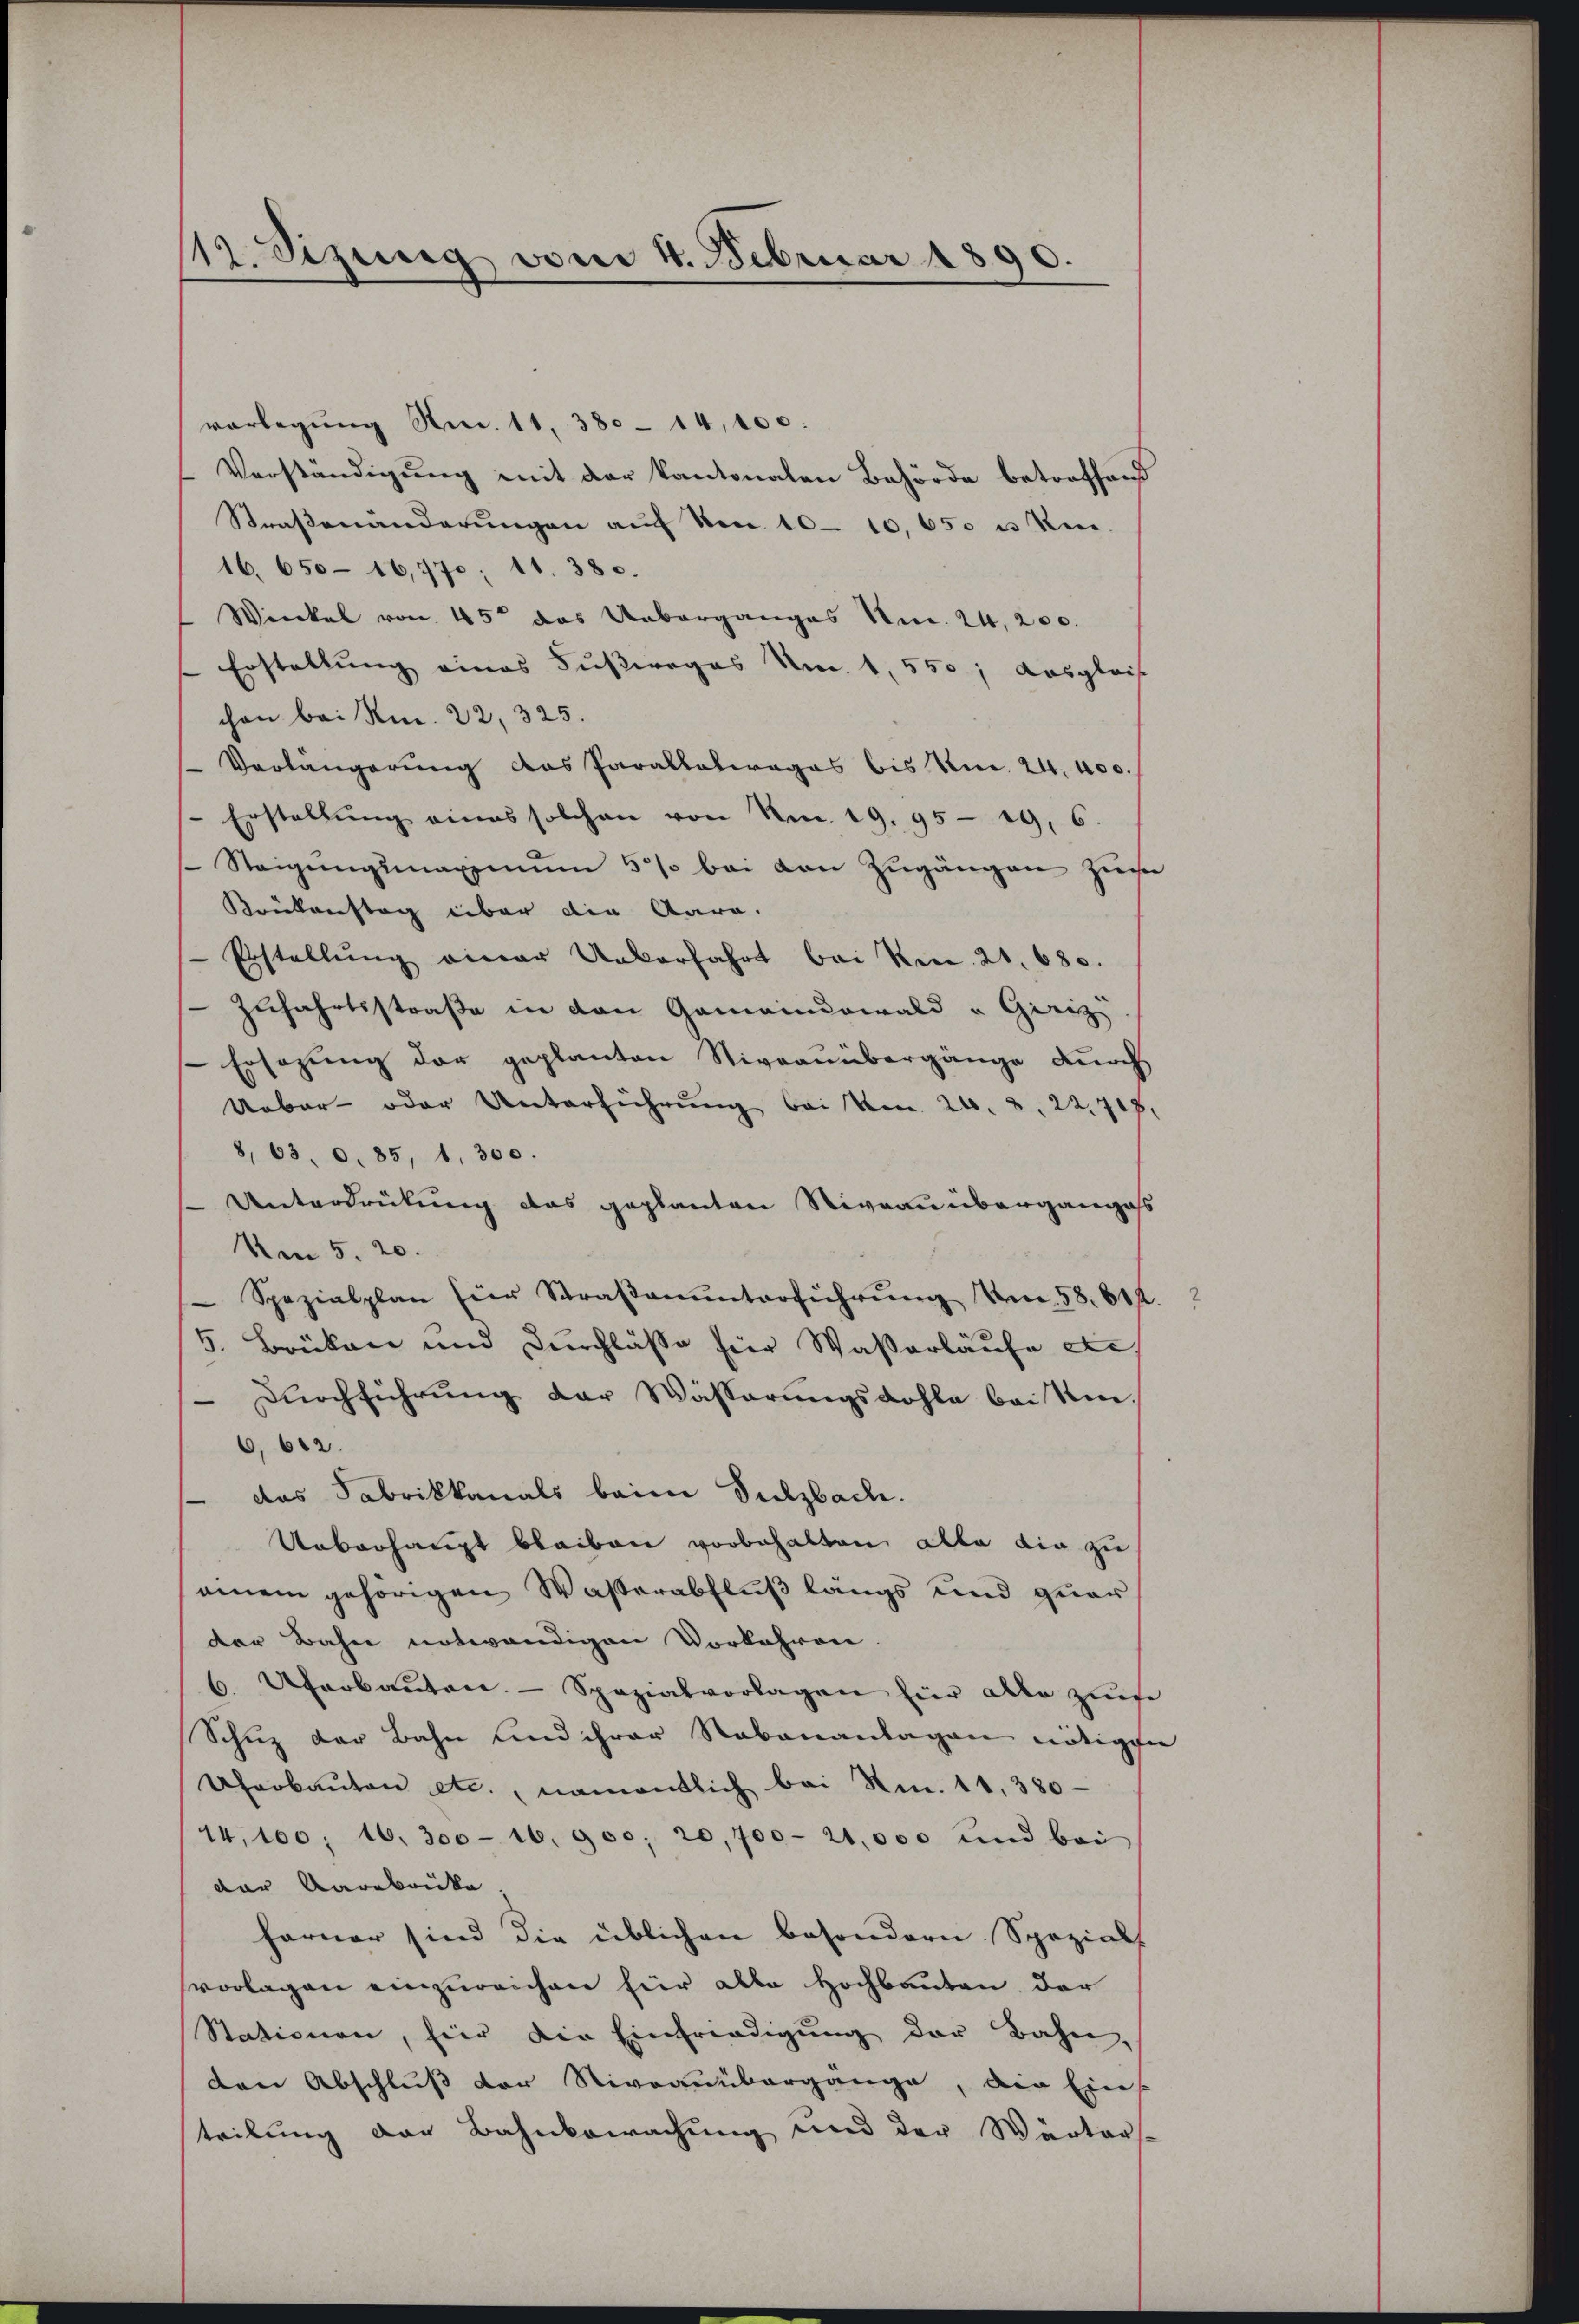
12. Sizung vom 4. Februar 1890.

vorlegung Nr. 11, 380 - 14,100
Verständigung mit der kantonalen Behörde betreffend
Straβenänderŭngen aŭf Non 10-10,650 u. Krei
16. 650-16,770; 11. 380.
Winkel von 45 das Ueberganges Nr. 24, 200.
Erstellung eines Fußweges Am. 1, 550; Ausgleis
chon bei Am. 22, 325.
Verlängerung das Parallelwages bis Nr. 24. 400.
Erstellŭng eines solchen von Nr. 19. 9519. 6
Steigŭngsmaximŭm 5/ bei von Zŭgängen zum
Krückenstag über die Aara.
Erstellŭng einer Ueberfahrt bei kn. 21. 680.
Zufahrtsstraße in den Gemeindswald u Giriz
Ersezung der geplanten Niveauübergänge durch
Ueber- oder Unterführŭng bei Am 20. 8. 22. 717,
8, 63, 0. 85, 1. 300.
Unterdrückung das geplanten Niveauüberganges
Am 5. 20.
Spezialplan für Straβenŭnterführŭng Um 58. 614.
5. Brüken und Durchlasse für Waßerläufe etc
 Durchführung der Wässerungsdohle beistin-
6, 612.
das Fabrikkanals beim Sulzbach.
Ueberhaupt bleiben vorbehalten, alla die zu
einem gehörigen Wasserabfluß längs und quar
der Bahn notwendigen Vorkehren.
6 Uferbaŭten.  Spazialvorlagen für alle zum
Schuz der Bahn und ihrer Nebenanlagen nötigen
Uferbauten etc., namentlich bei Am. 11, 380
44,100; 16. 300 - 16. 900, 20,700-21,000 und bei
der Aarebrücke,
ferner sind die üblichen besondern Spezials
vorlagen einzureichen für alle Hochbauten der
Stationen, für die Einfriedigung der Bahn,
den Abschluß der Niveauübergange, die Eins
teilung der Bahnbewachung und der Wärters-